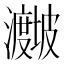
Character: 𪸁